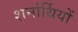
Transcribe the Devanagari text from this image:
शर्नार्थियों